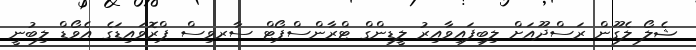
ޝެލޯ ލެގޫން ރަސްދޫއަށް ލިބިފައިވާއިރު ލީޑިންގް ޓްރާންސްޕޯޓް ސާރވިސް ޕްރޮވައިޑަގެ އެވޯޑް ލިބުނީ